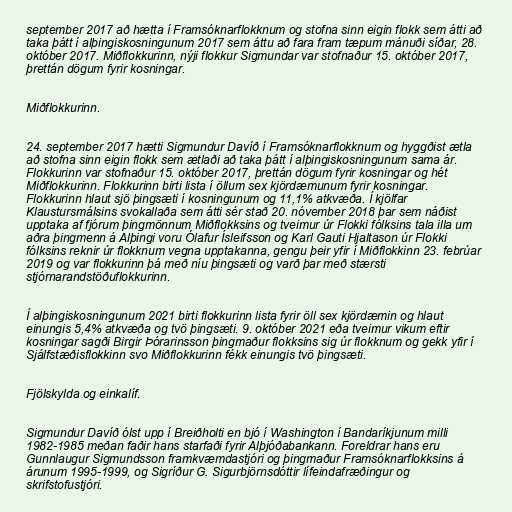
september 2017 að hætta í Framsóknarflokknum og stofna sinn eigin flokk sem átti að
taka þátt í alþingiskosningunum 2017 sem áttu að fara fram tæpum mánuði síðar, 28.
október 2017. Miðflokkurinn, nýji flokkur Sigmundar var stofnaður 15. október 2017,
þrettán dögum fyrir kosningar.

Miðflokkurinn.

24. september 2017 hætti Sigmundur Davíð í Framsóknarflokknum og hyggðist ætla
að stofna sinn eigin flokk sem ætlaði að taka þátt í alþingiskosningunum sama ár.
Flokkurinn var stofnaður 15. október 2017, þrettán dögum fyrir kosningar og hét
Miðflokkurinn. Flokkurinn birti lista í öllum sex kjördæmunum fyrir kosningar.
Flokkurinn hlaut sjö þingsæti í kosningunum og 11,1% atkvæða. Í kjölfar
Klaustursmálsins svokallaða sem átti sér stað 20. nóvember 2018 þar sem náðist
upptaka af fjórum þingmönnum Miðflokksins og tveimur úr Flokki fólksins tala illa um
aðra þingmenn á Alþingi voru Ólafur Ísleifsson og Karl Gauti Hjaltason úr Flokki
fólksins reknir úr flokknum vegna upptakanna, gengu þeir yfir í Miðflokkinn 23. febrúar
2019 og var flokkurinn þá með níu þingsæti og varð þar með stærsti
stjórnarandstöðuflokkurinn.

Í alþingiskosningunum 2021 birti flokkurinn lista fyrir öll sex kjördæmin og hlaut
einungis 5,4% atkvæða og tvö þingsæti. 9. október 2021 eða tveimur vikum eftir
kosningar sagði Birgir Þórarinsson þingmaður flokksins sig úr flokknum og gekk yfir í
Sjálfstæðisflokkinn svo Miðflokkurinn fékk einungis tvö þingsæti.

Fjölskylda og einkalíf.

Sigmundur Davíð ólst upp í Breiðholti en bjó í Washington í Bandaríkjunum milli
1982-1985 meðan faðir hans starfaði fyrir Alþjóðabankann. Foreldrar hans eru
Gunnlaugur Sigmundsson framkvæmdastjóri og þingmaður Framsóknarflokksins á
árunum 1995-1999, og Sigríður G. Sigurbjörnsdóttir lífeindafræðingur og
skrifstofustjóri.